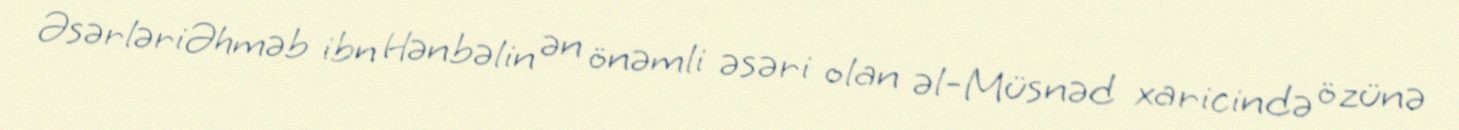
ƏsərləriƏhməb ibn Hənbəlin ən önəmli əsəri olan əl-Müsnəd xaricində özünə